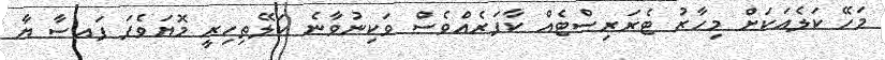
މަހޭ ކަލެއަކަށް މިހާރު ޓެރަރިސްޓެއް ކާފަރެއްވެސް ވަކިނުވާނެ ކަލޭތިހިރީ މޮޔަވެފަ ފައސާ ޔާ